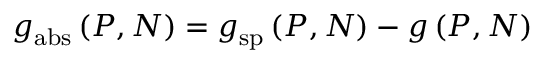
g _ { \mathrm { a b s } } \left( P , N \right) = g _ { \mathrm { s p } } \left( P , N \right) - g \left( P , N \right)